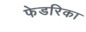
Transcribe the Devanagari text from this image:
फेडरिका